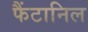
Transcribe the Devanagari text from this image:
फैंटानिल